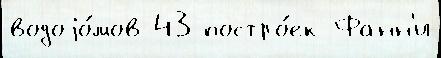
водоjо́мов 43 постро́ек Фанн'и